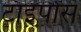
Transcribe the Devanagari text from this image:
टाइपोस